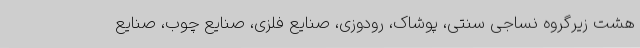
هشت زیرگروه نساجی سنتی، پوشاک، رودوزی، صنایع فلزی، صنایع چوب، صنایع